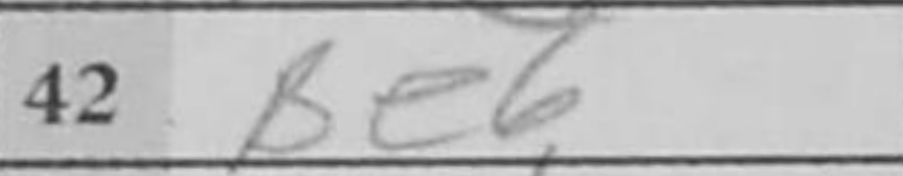
Transcription: Be6